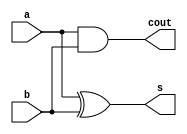
`timescale 1ns / 1ps
//////////////////////////////////////////////////////////////////////////////////
// Designer: gary
// Design Name: Half Adder
// Module Name: HalfAdder
// Project Name: Flag Vending Machine
// Target Devices: Xilinx FPGA
// Description: good 'ol classic again
//////////////////////////////////////////////////////////////////////////////////

module HalfAdder(input a, input b, output s, output cout);
    assign s = a ^ b;
    assign cout = a & b;
endmodule